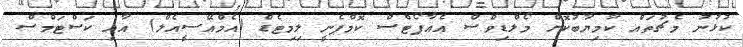
ކުޅުނު މެޗުތައް ކާމިޔާބުކޮށް މޯލްޑިވްސް އެއާޕޯޓްސް ކޮމްޕެނީ ލިމިޓެޑް (އެމްއޭސީއެލް) އާއި ކަސްޓަމްސް